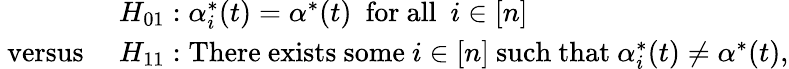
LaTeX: \begin{array}{rl}&{H_{01}:\alpha_{i}^{*}(t)=\alpha^{*}(t)~~\mathrm{for~all}~~i\in[n]}\\ {\mathrm{~versus~}}&{H_{11}:\mathrm{There~exists~some}\ i\in[n]\ \mathrm{such~that}\ \alpha_{i}^{*}(t)\neq\alpha^{*}(t),}\end{array}